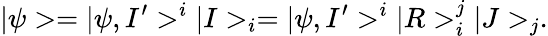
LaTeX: |\psi>=|\psi,I^{\prime}>^{i}|I>_{i}=|\psi,I^{\prime}>^{i}|R>_{i}^{j}|J>_{j}.